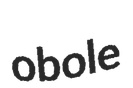
obole